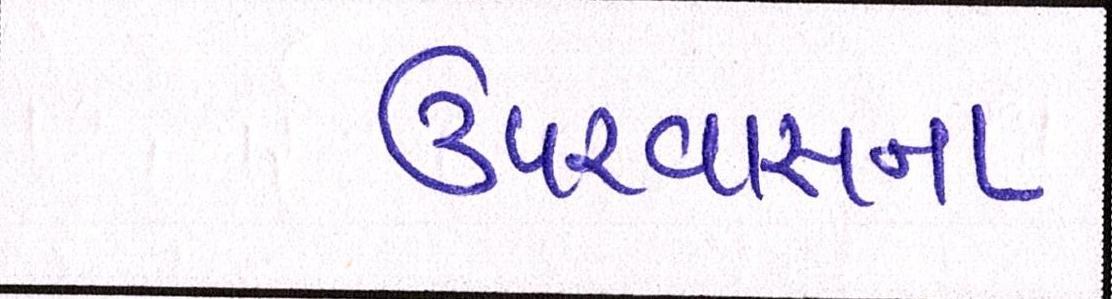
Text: ઉપરવાસના